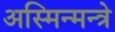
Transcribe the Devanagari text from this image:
अस्मिन्मन्त्रे